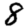
Digit: 8